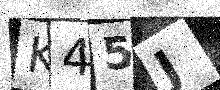
Text: K45J